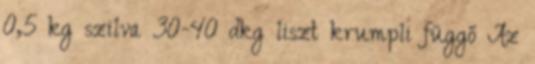
0,5 kg szilva 30-40 dkg liszt krumpli függő Az